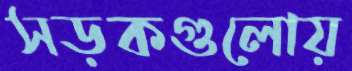
সড়কগুলোয়